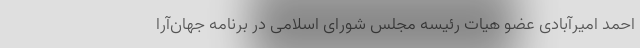
احمد امیرآبادی عضو هیات رئیسه مجلس شورای اسلامی در برنامه جهان‌آرا